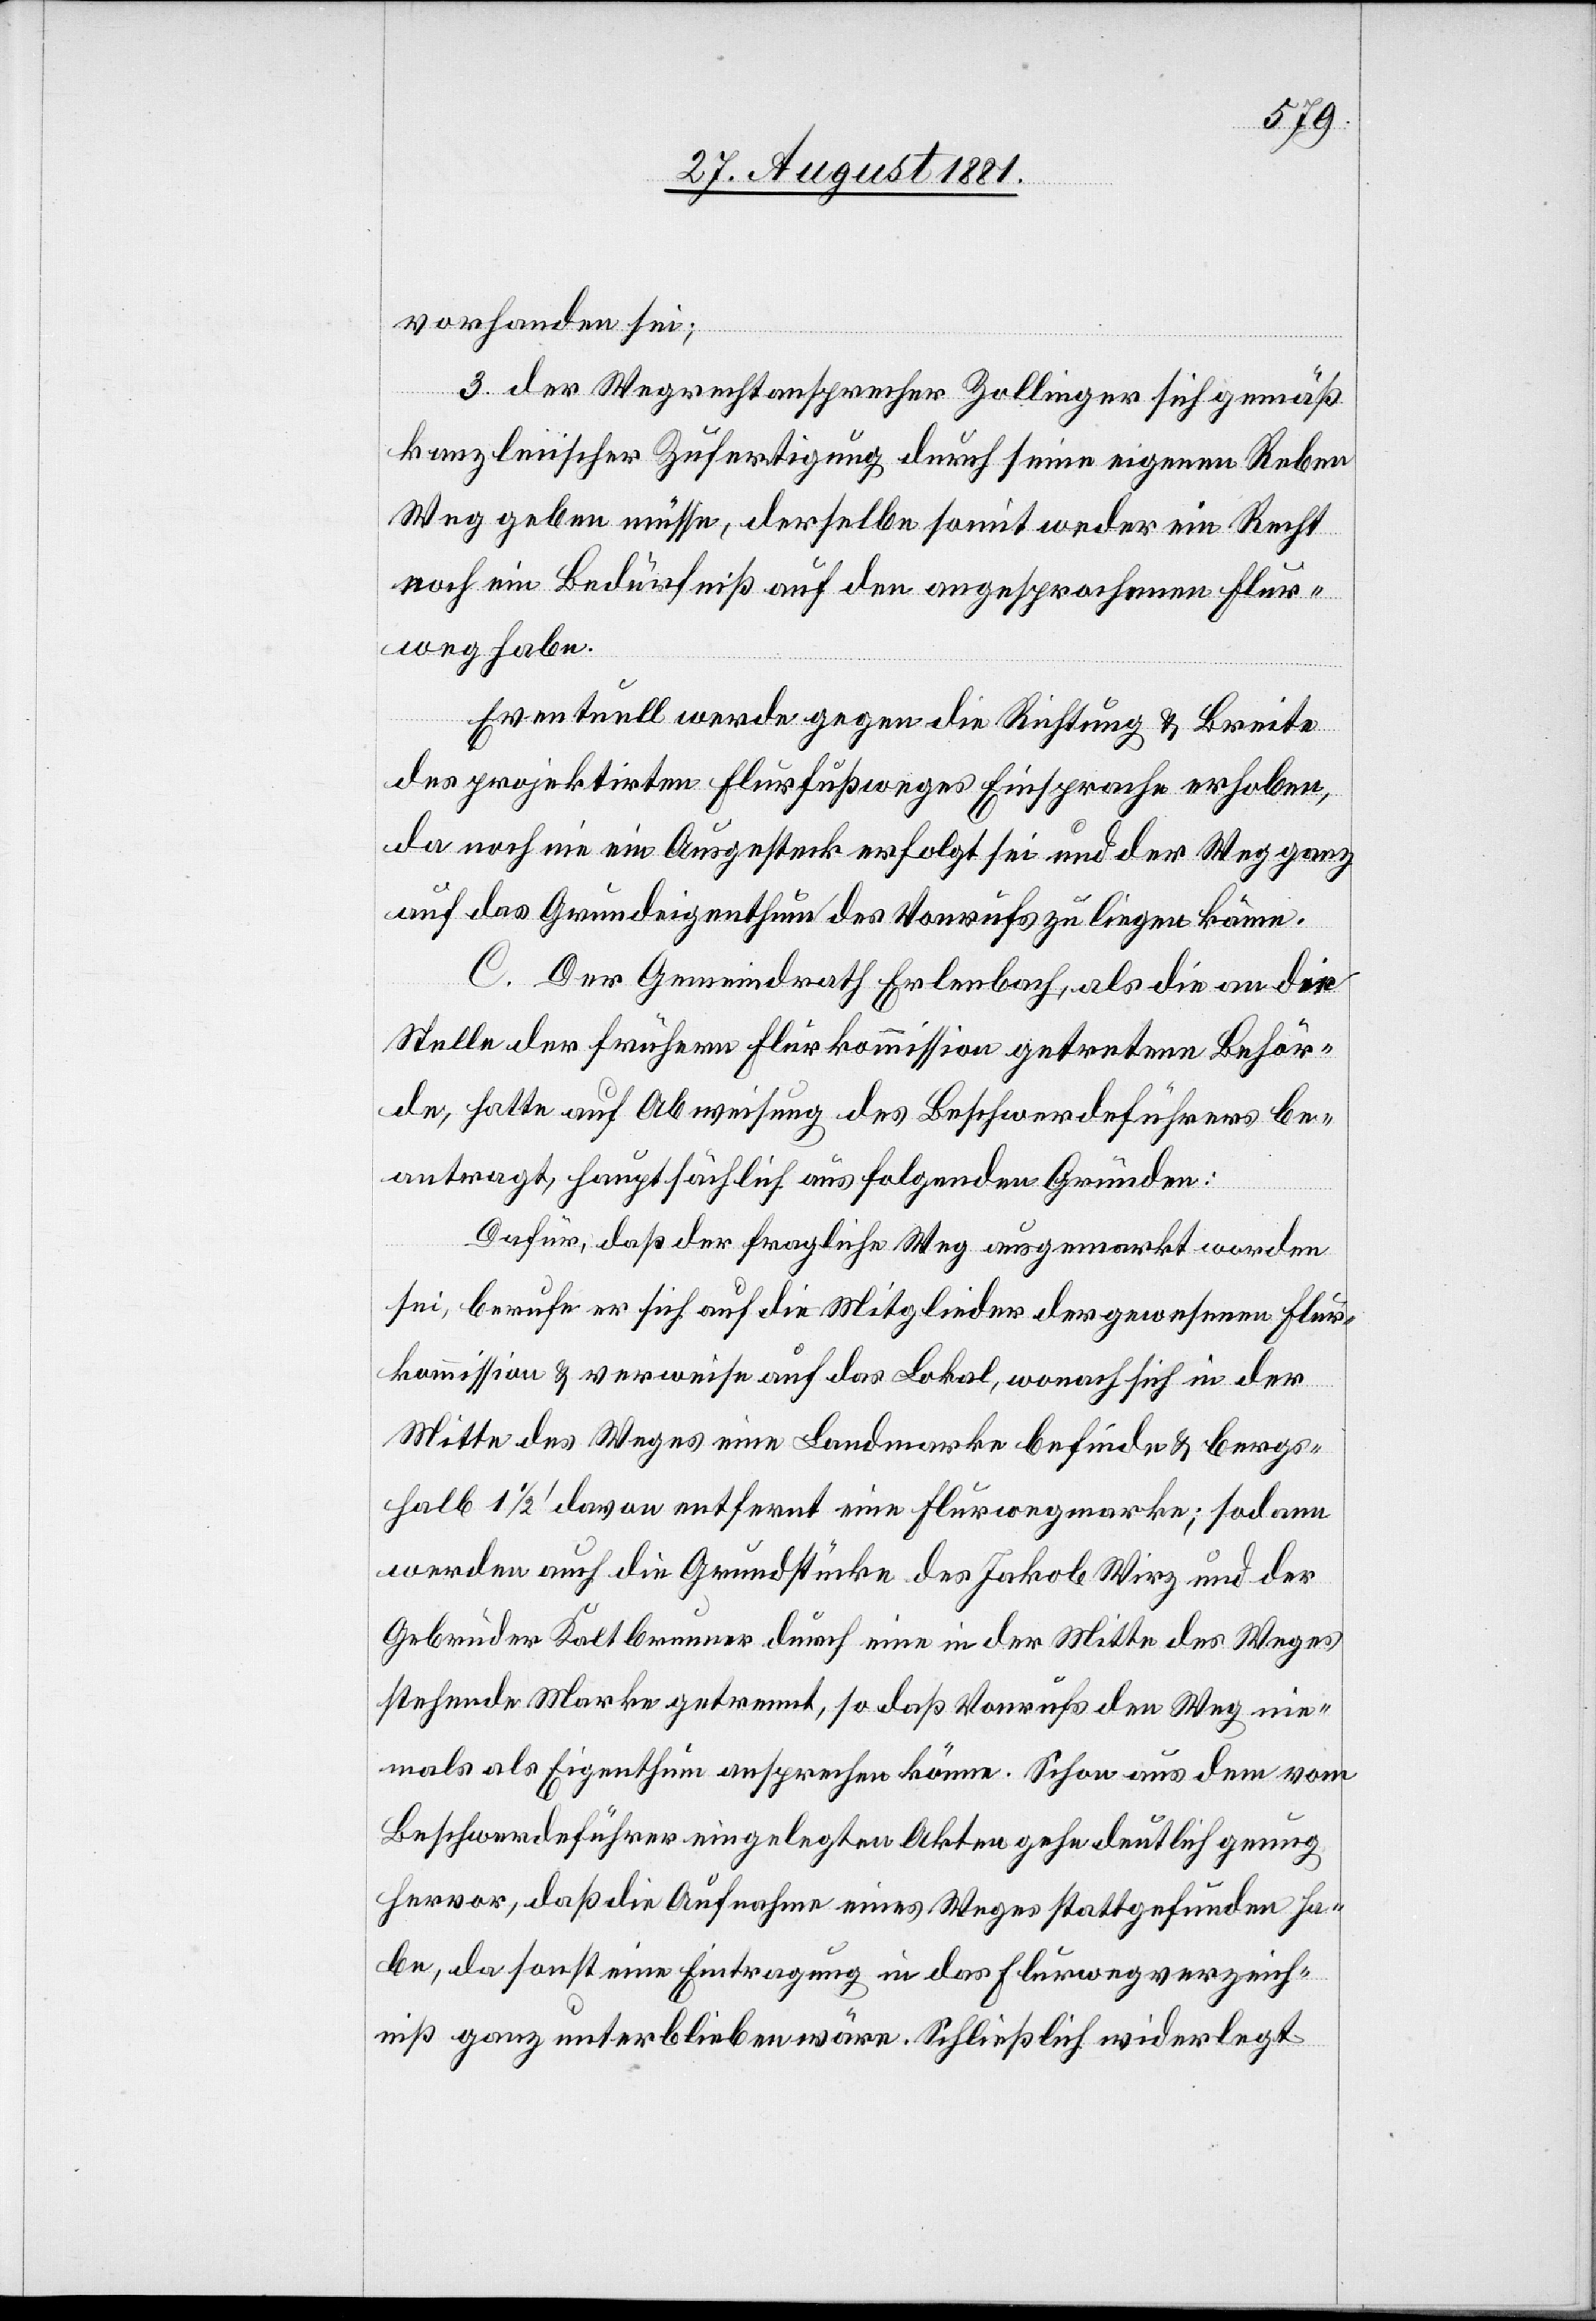
vorhanden sei;
3. der Wegrechtansprecher Zollinger sich gemäß
kanzleiischer Zufertigung durch seine eigenen Reben
Weg geben müsse, derselbe somit weder ein Recht
noch ein Bedürfniß auf den angesprochenen Flur¬
weg habe.
Eventuell werde gegen die Richtung & Breite
des projektirten Flurfußweges Einsprache erhoben,
da noch ein Ausgesteck erfolgt sei und der Weg ganz
auf das Grundeigenthum des Vonrufs zu liegen käme.
C. Der Gemeindrath Erlenbach, als die an die
Stelle der frühern Flurkommission getretene Behör¬
de, hatte auf Abweisung des Beschwerdeführers be¬
antragt, hauptsächlich aus folgenden Gründen:
Dafür, daß der fragliche Weg ausgemarkt worden
sei, berufe er sich auf die Mitglieder der gewesenen Flur¬
kommission & verweise auf das Lokal, wonach sich in der
Mitte des Weges eine Landmarke befinde & bergs¬
halb 1 1/2‘ davon entfernt eine Flurwegmarke; sodann
werden auch die Grundstücke des Jakob Wirz und der
Gebrüder Kaltbrunner durch eine in der Mitte des Weges
stehende Marke getrennt, so daß Vonrufs den Weg e¬
inmals als Eigenthum ansprechen könne. Schon aus dem vom
Beschwerdeführer eingelegten Akten gehe deutlich genug
hervor, daß die Aufnahme eines Weges stattgefunden ha¬
be, da sonst eine Eintragung in das Flurwegverzeich¬
niß ganz unterblieben wäre. Schließlich widerlegt